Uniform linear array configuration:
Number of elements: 8
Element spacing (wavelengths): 0.75
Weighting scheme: cosine
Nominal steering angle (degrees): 0
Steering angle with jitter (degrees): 1.828
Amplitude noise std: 0.05
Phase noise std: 0.05

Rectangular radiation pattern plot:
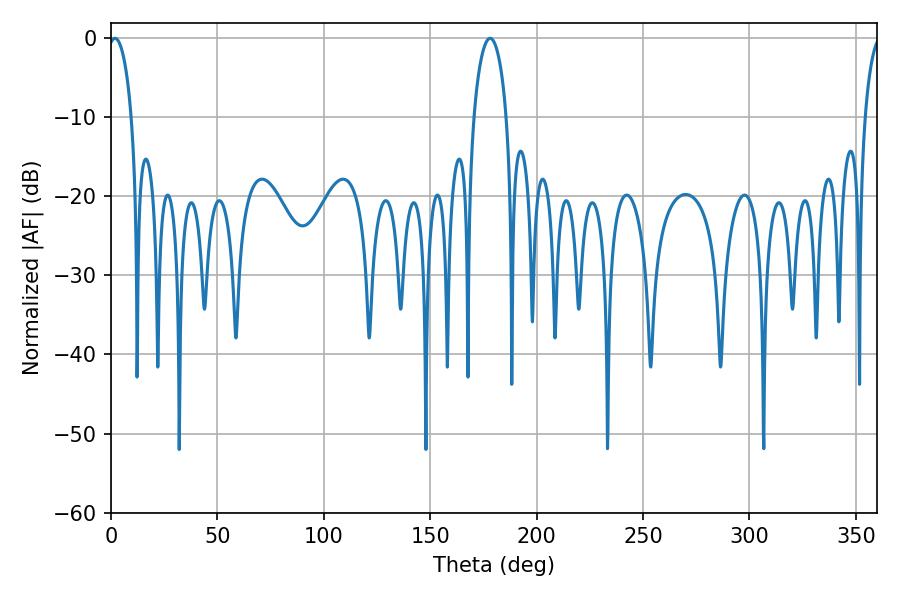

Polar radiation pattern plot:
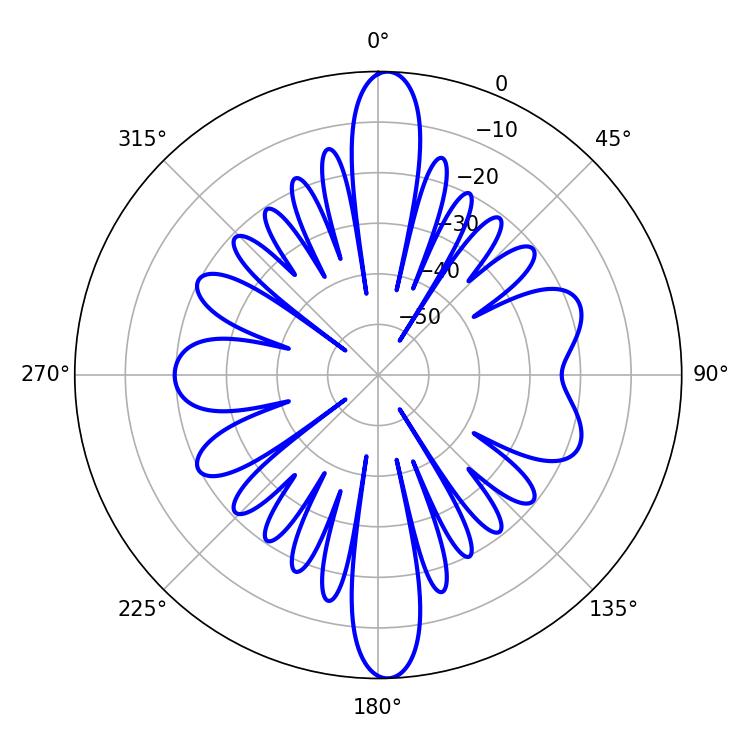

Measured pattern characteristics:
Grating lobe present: TRUE
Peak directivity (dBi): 21.62
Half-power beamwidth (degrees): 6.3
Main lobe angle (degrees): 1.8